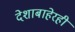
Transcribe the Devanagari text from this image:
देशाबाहेरही